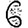
Digit: 6